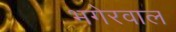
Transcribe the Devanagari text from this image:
भगेरवाल